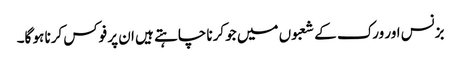
بزنس اور ورک کے شعبوں میں جو کرنا چاہتے ہیں ان پر فوکس کرنا ہو گا۔